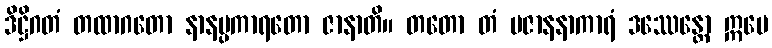
ဒိဋ္ဌိဂတံ တထာဂတော နာနပ္ပကာရတော ဇာနာတိ။ တတော တံ ပဇာနနာကာရံ ဒဿေန္တော ဣမေ